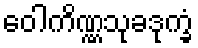
ဝေါကိဏ္ဏသုခဒုက္ခံ